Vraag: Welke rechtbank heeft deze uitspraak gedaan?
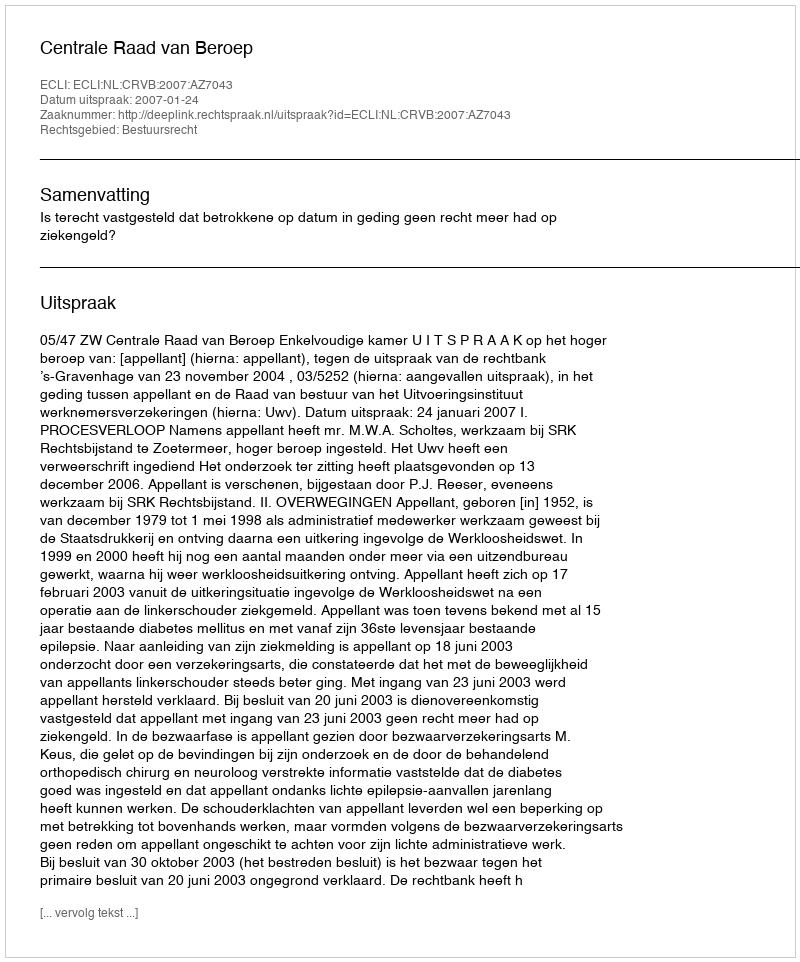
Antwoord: Centrale Raad van Beroep